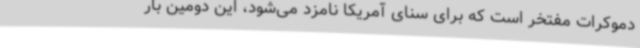
دموکرات مفتخر است که برای سنای آمریکا نامزد می‌شود، این دومین بار